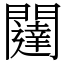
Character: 闥